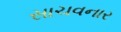
સાચવનાર